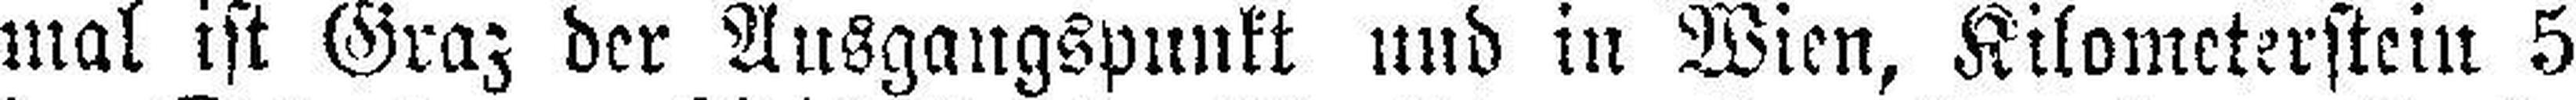
mal ist Graz der Ausgangspunkt und in Wien, Kilometerstein 5